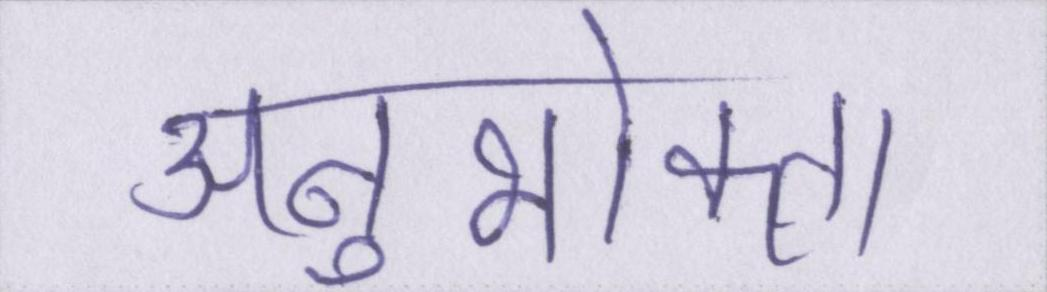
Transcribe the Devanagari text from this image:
अनुभोक्ता